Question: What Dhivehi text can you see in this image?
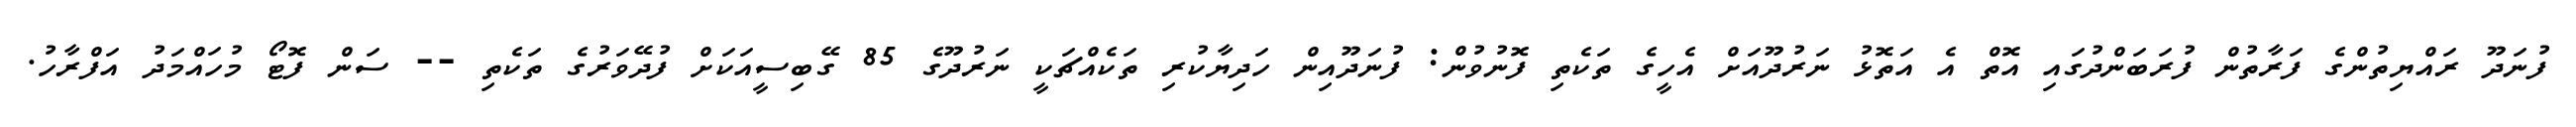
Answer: ފުނަދޫ ރައްޔިތުންގެ ފަރާތުން ފުރަބަންދުގައި އޮތް އެ އަތޮޅު ނަރުދޫއަށް އެހީގެ ތަކެތި ފޮނުވުން: ފުނަދޫއިން ހަދިޔާކުރި ތަކެއްޗަކީ ނަރުދޫގެ 85 ގޭބިސީއަކަށް ފުދޭވަރުގެ ތަކެތި -- ސަން ފޮޓޯ މުހައްމަދު އަފްރާހު.